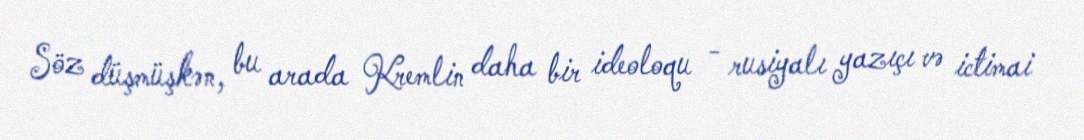
Söz düşmüşkən, bu arada Kremlin daha bir ideoloqu - rusiyalı yazıçı və ictimai